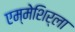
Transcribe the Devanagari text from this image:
एम्मेशिर्ला